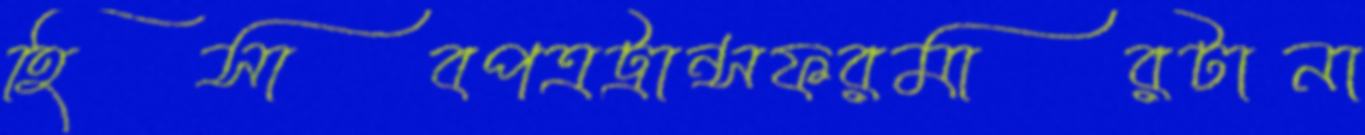
হিসাবপত্রট্রান্সফরমারটানা